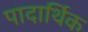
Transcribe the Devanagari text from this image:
पादार्थिक